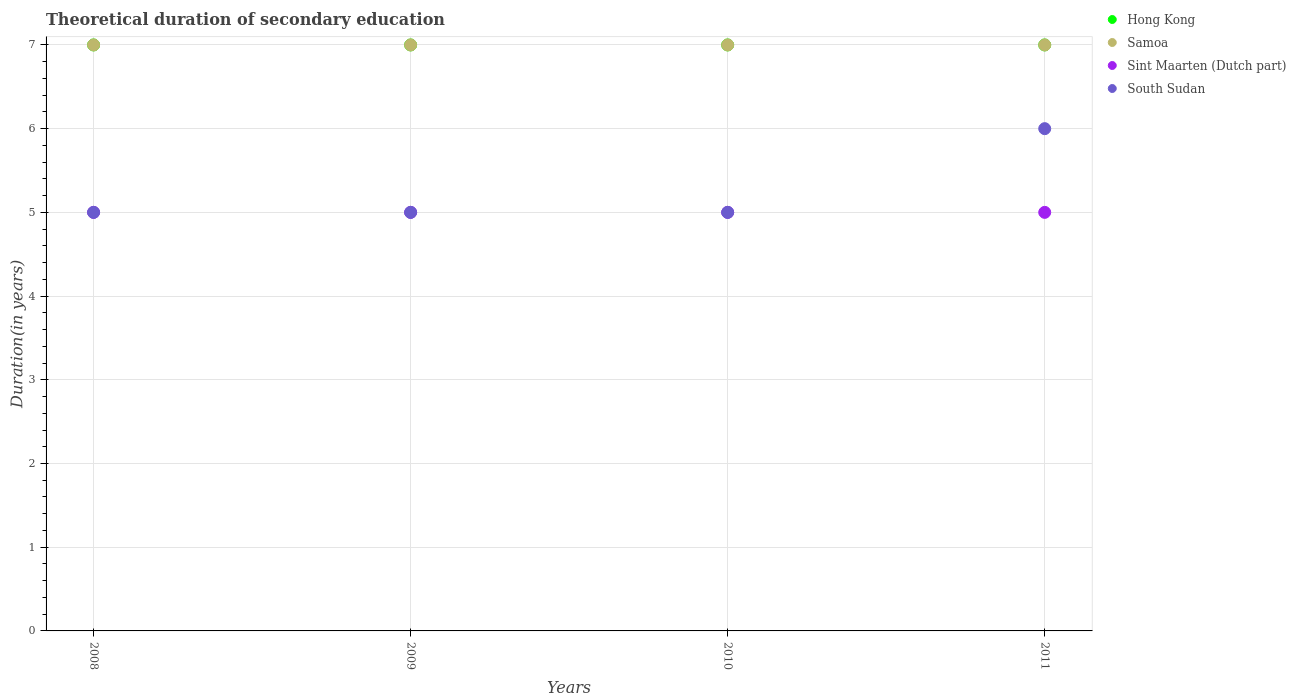
| Years | Hong Kong | Samoa | Sint Maarten (Dutch part) | South Sudan |
 | --- | --- | --- | --- | --- |
 | 2008 | 7 | 7 | 5 | 5 |
 | 2009 | 7 | 7 | 5 | 5 |
 | 2010 | 7 | 7 | 5 | 5 |
 | 2011 | 7 | 7 | 5 | 6 |